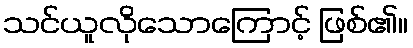
သင်ယူလိုသောကြောင့် ဖြစ်၏။